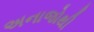
અનાજોથી